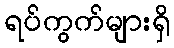
ရပ်ကွက်များရှိ